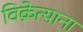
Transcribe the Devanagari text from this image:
विक्रेत्याना